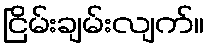
ငြိမ်းချမ်းလျက်။